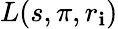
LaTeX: L(s,\pi,r_{\mathbf{i}})